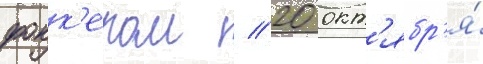
фокк'ером // 20 окт'ябр'я́